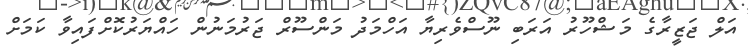
އަލް ޖަޒީރާގެ މަޝްހޫރު އަރަބި ނޫސްވެރިޔާ އަހްމަދު މަންސޫރް ޖަރުމަނުން ހައްޔަރުކޮށްފައިވާ ކަމަށް